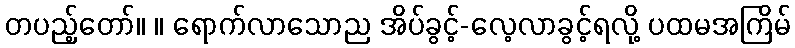
တပည့်တော်။ ။ ရောက်လာသောည အိပ်ခွင့်-လေ့လာခွင့်ရလို့ ပထမအကြိမ်